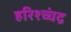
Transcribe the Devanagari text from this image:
हरिश्च्चंद्र